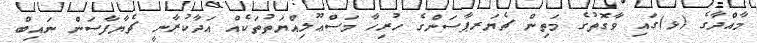
މާއްދާގެ (ޅ)ގައި ވާގޮތުގެ މަތިން ޗެޔަރޕާސަންގެ ހުރިހާ މަސްޢޫލިއްޔަތުތަކެއް އަދާކުރާނީ ޗެޔާފާސަން ނައިބް